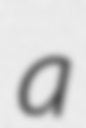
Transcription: a